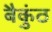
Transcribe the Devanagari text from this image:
बैकुंठ